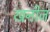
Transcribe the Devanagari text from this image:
खनीज